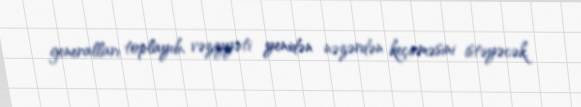
generalları toplayıb, vəziyyəti yenidən nəzərdən keçirməsini istəyəcək.